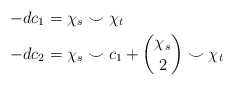
\begin{align*} -dc_1 & = \chi_s \smile \chi_t \\ -dc_2 & = \chi_s \smile c_1 + {\chi_s \choose 2} \smile \chi_t\end{align*}